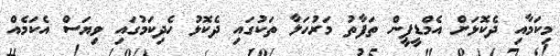
މިކަމާއި ދެކޮޅަށް އެމްޑީޕީން ތަފާތު މަރުހަލާ ތަކުގައި ދެކޮޅު ހެދިކަމުގައި ވިޔަސް އެކަމެއް